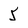
Character: 5